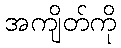
အကျိတ်ကို